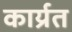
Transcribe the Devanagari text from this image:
कार्य्रत